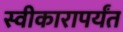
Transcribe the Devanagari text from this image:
स्वीकारापर्यंत